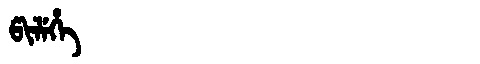
Manchu: ᡦᡳᠯᡝᡥᡝ
Romanization: PILEHE